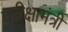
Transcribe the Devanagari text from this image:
परीक्षामंत्री